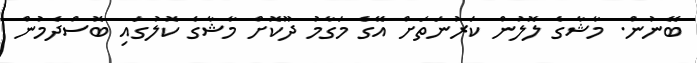
ބޭނުން. މާޝާގެ ލޮލުން ކަރުނަތަށް އޭގެ މަގާމު ދޫކޮށް މާޝާގެ ކޮލުގައި ބޮސްދެމުން